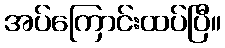
အပ်ကြောင်းထပ်ပြီ။